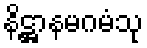
နိဋ္ဌာနမဂမံသု